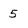
Character: 5